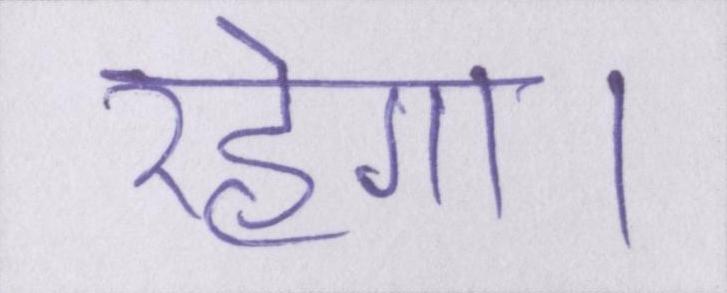
रहेगा।